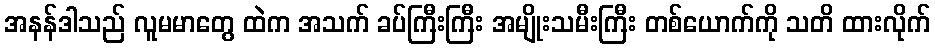
အနန်ဒါသည် လူမမာတွေ ထဲက အသက် ခပ်ကြီးကြီး အမျိုးသမီးကြီး တစ်ယောက်ကို သတိ ထားလိုက်